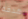
هدفه